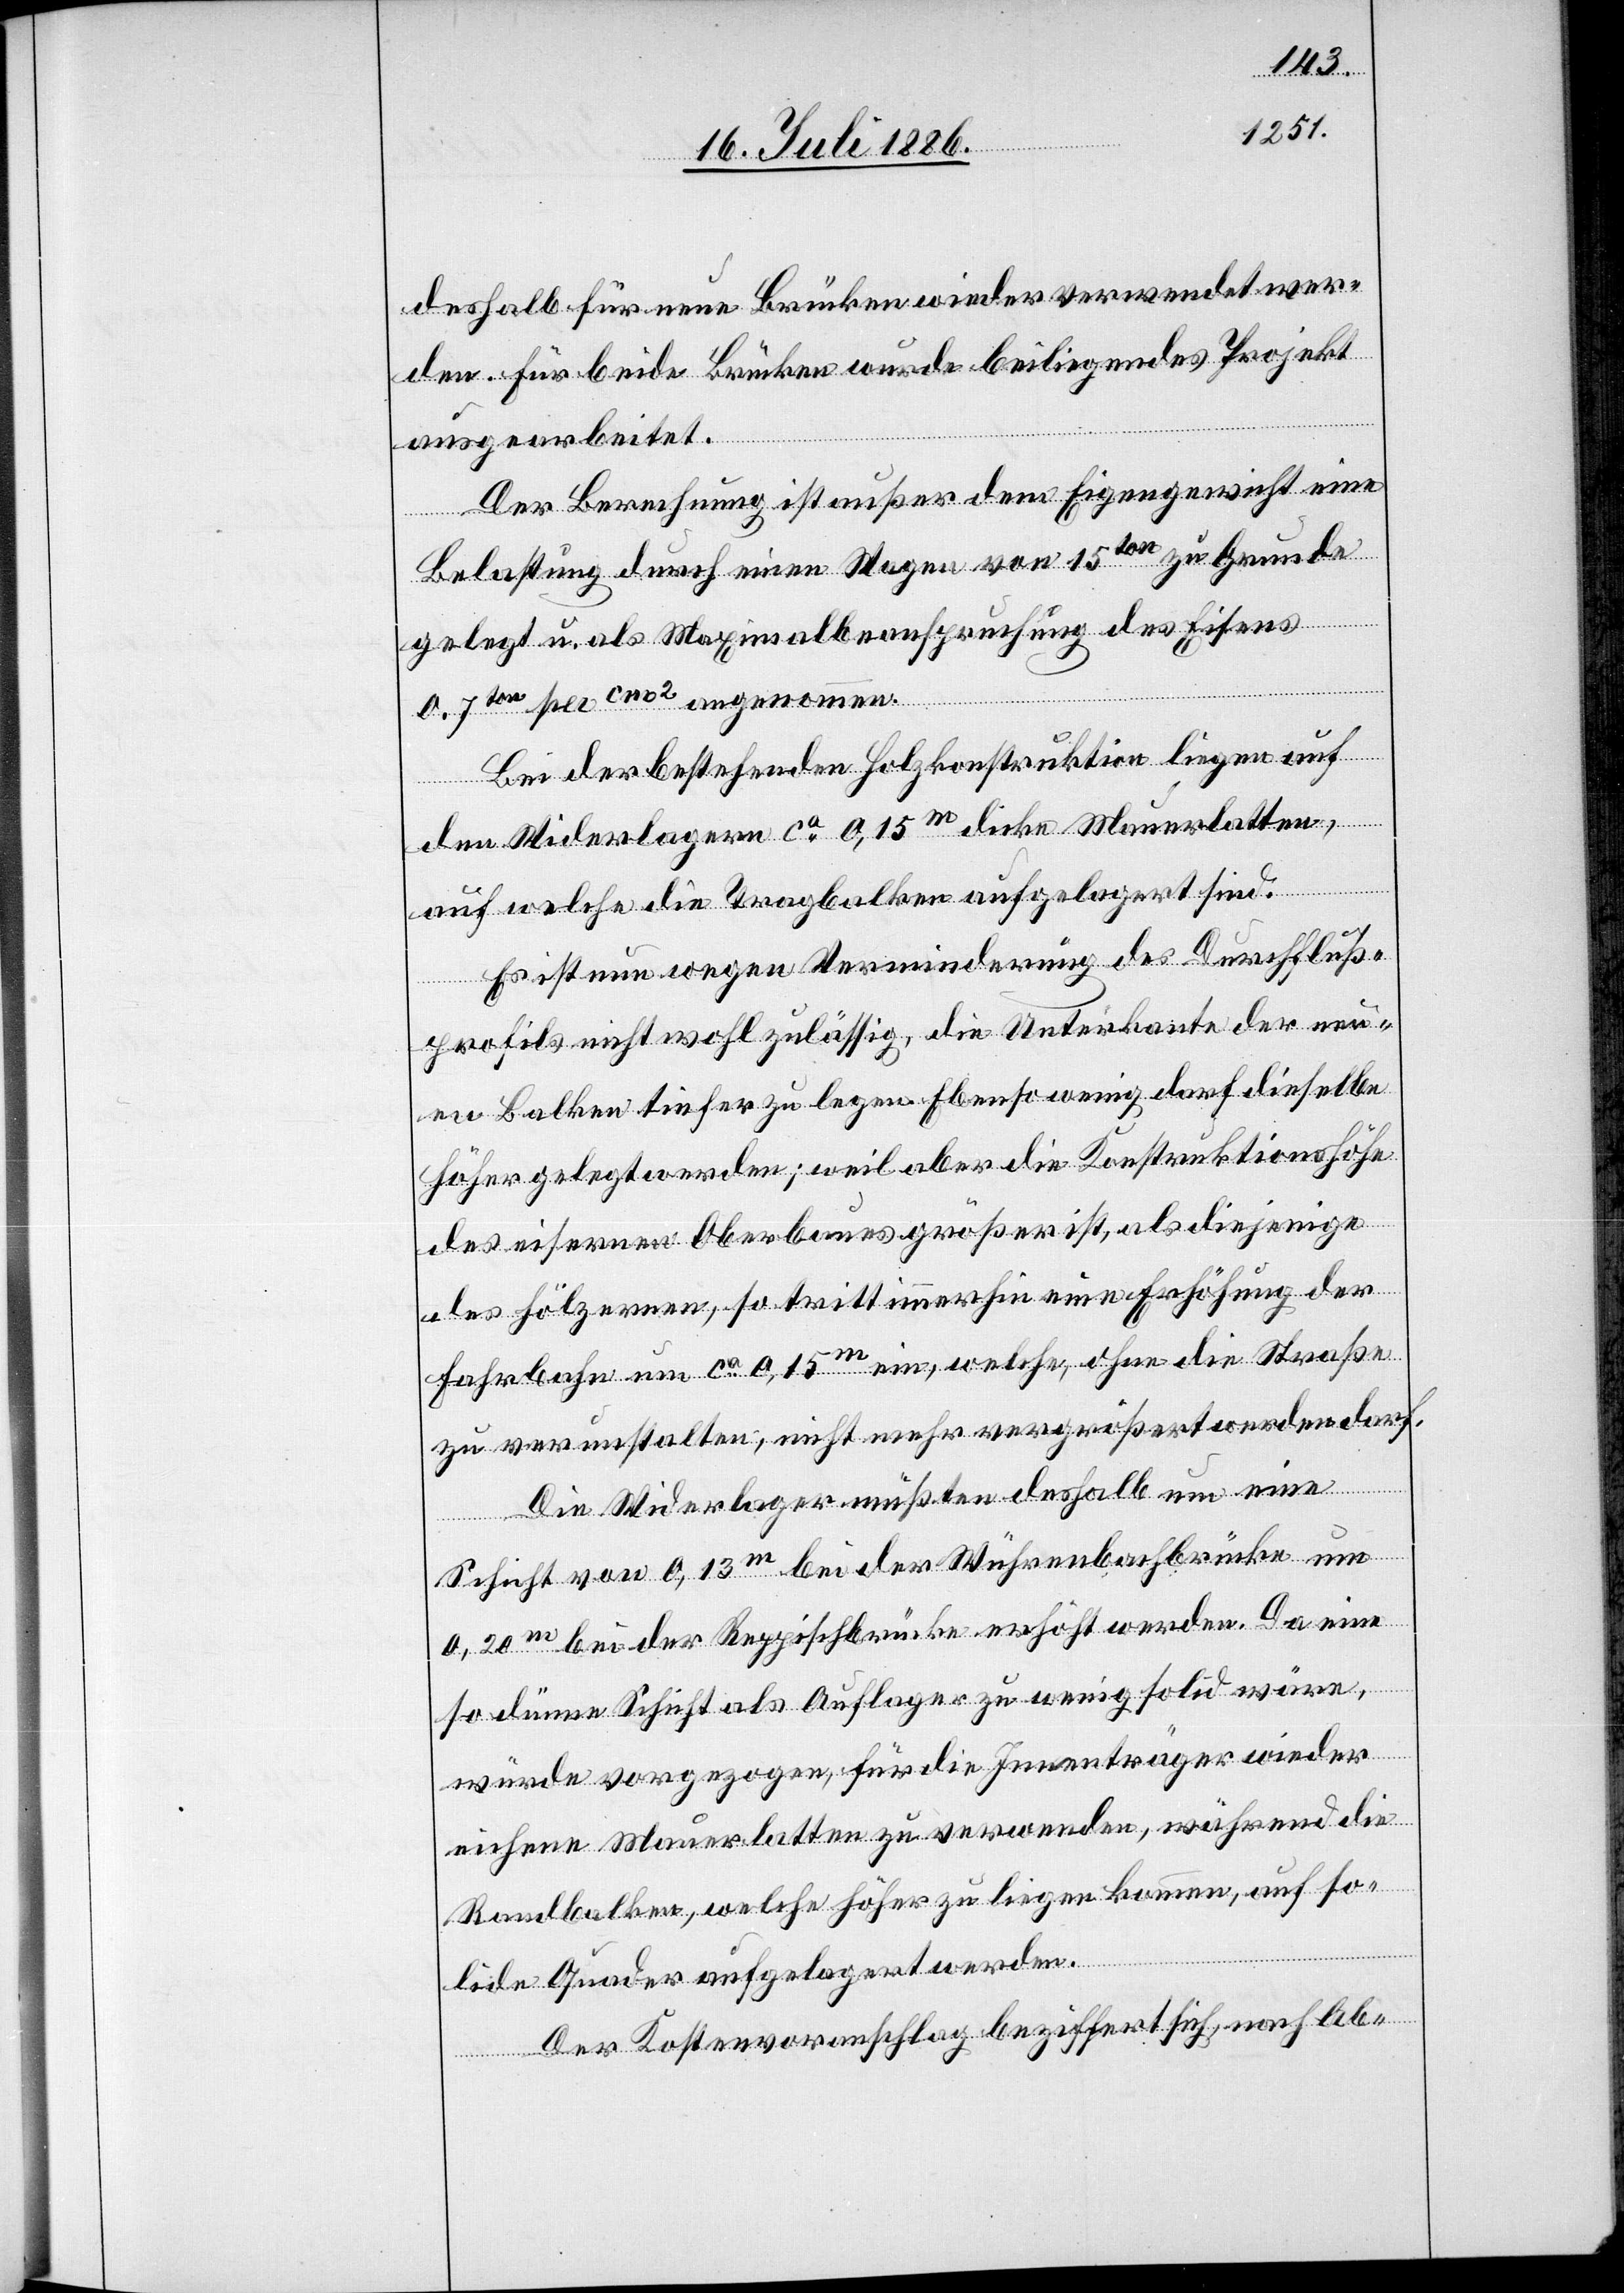
deshalb für neue Brücken wieder verwendet wer¬
den. Für beide Brücken wurde beiliegendes Projekt
ausgearbeitet.
Der Berechnung ist außer dem Eigengewicht eine
Belastung durch einen Wagen von 15ton zu Grunde
gelegt u. als Maximalbeanspruchung des Eisens
0,7ton per cm2 angenommen.
Bei der bestehenden Holzkonstruktion liegen auf
den Widerlagern ca 0,15m dicke Mauerlatten,
auf welche die Tragbalken aufgelagert sind.
Es ist nun wegen Verminderung des Durchfluß¬
profils nicht wohl zulässig, die Unterkante der neu¬
en Balken tiefer zu legen. Ebensowenig darf dieselbe
höher gelegt werden; weil aber die Konstruktionshöhe
des eisernen Oberbaues größer ist, als diejenige
des hölzernen, so tritt immerhin eine Erhöhung der
Fahrbahn um ca 0,15m ein, welche, ohne die Straße
zu verunstalten, nicht mehr vergrößert werden darf.
Die Widerlager müßten deshalb um eine
Schicht von 0,13m bei der Wührenbachbrücke um
0,20m bei der Reppischbrücke erhöht werden. Da eine
so dünne Schicht als Auflager zu wenig solid wäre,
würde vorgezogen, für die Innenträger wieder
eicherne Mauerlatten zu verwenden, während die
Randbalken, welche höher zu liegen kommen, auf so¬
lide Quader aufgelagert werden.
Der Kostenvoranschlag beziffert sich, nach Ab-